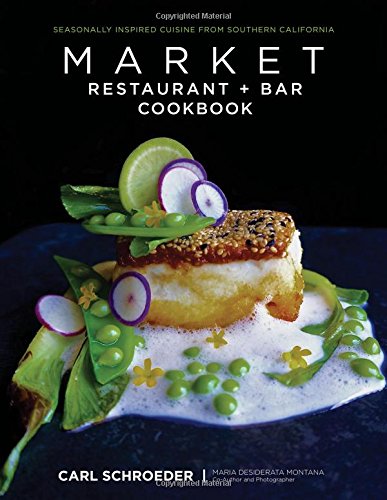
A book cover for Market Restaurant + Bar Cookbook: Seasonally Inspired Cuisine from Southern California; Carl Schroeder; Travel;